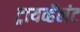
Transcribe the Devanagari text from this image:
ट्रायव्हॅलंट